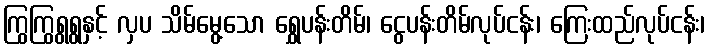
ကြွကြွရွရွနှင့် လှပ သိမ်မွေ့သော ရွှေပန်းတိမ်၊ ငွေပန်းတိမ်လုပ်ငန်း၊ ကြေးထည်လုပ်ငန်း၊